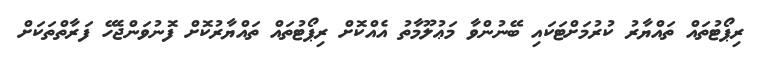
ރިޕޯޓުތައް ތައްޔާރު ކުރުމަށްޓަކައި ބޭނުންވާ މަޢުލޫމާތު އެއްކޮށް ރިޕޯޓުތައް ތައްޔާރުކޮށް ފޮނުވަންޖެހޭ ފަރާތްތަކަށް